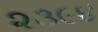
૨૩૯૪